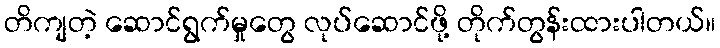
တိကျတဲ့ ဆောင်ရွက်မှုတွေ လုပ်ဆောင်ဖို့ တိုက်တွန်းထားပါတယ်။